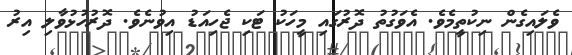
ވެލައިގެން ނިކުތީމެވެ. އެވަގުތު ދޮރުގައި މީހަކު ޓަކި ޖެހިއަޑު އިވުނެވެ. ދޮރުހުޅުވާލި އިރު